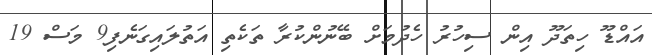
އައްޑޫ ހިތަދޫ އިން ސިހުރު ހެދުމަށް ބޭނުންކުރާ ތަކެތި އަތުލައިގަނެފި9 މަސް 19